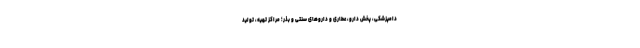
دامپزشکی، پخش دارو، عطاری و دارو‌های سنتی و بذر؛ مراکز تهیه، تولید